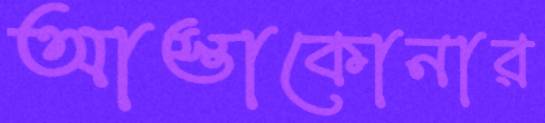
আস্তাকোনার